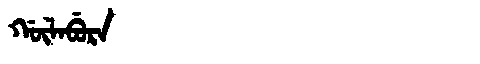
Manchu: ᡤᡡᠯᠠᠪᡠᡵᠠ
Romanization: GŪLABURA